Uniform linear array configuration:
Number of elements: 12
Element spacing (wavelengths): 1
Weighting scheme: cosine
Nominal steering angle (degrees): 60
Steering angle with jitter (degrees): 61.812
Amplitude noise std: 0.05
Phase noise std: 0.05

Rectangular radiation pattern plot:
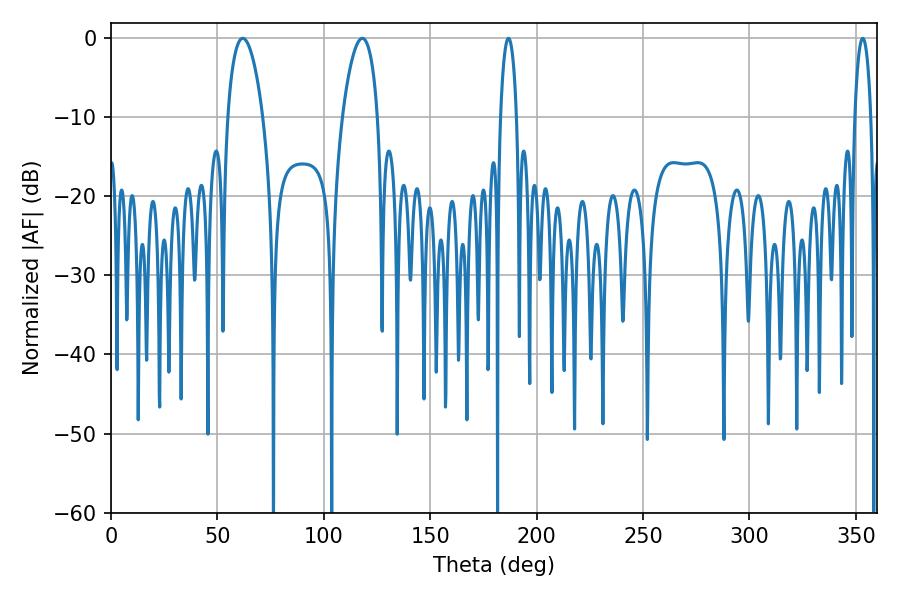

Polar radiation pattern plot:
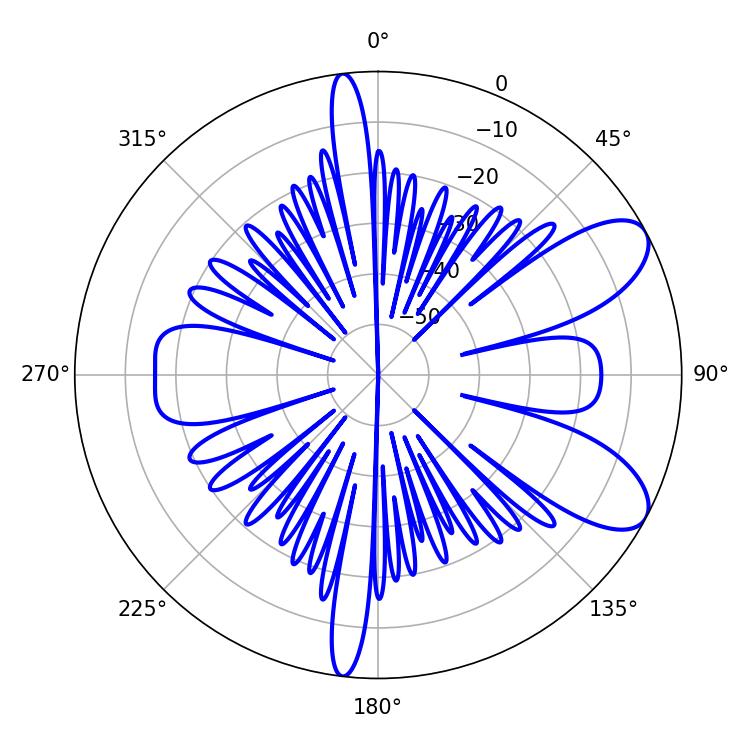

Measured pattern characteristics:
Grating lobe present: TRUE
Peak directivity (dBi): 8.517
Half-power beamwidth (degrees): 9.36
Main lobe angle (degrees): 61.92